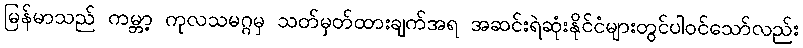
မြန်မာသည် ကမ္ဘာ့ ကုလသမဂ္ဂမှ သတ်မှတ်ထားချက်အရ အဆင်းရဲဆုံးနိုင်ငံများတွင်ပါဝင်သော်လည်း